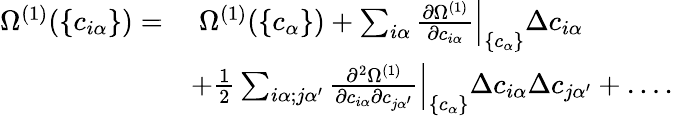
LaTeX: \begin{array}{rl}{\Omega^{(1)}(\{ c_{i\alpha}\} )=}&{\; \Omega^{(1)}(\{ c_{\alpha}\} )+\sum_{i\alpha}\frac{\partial\Omega^{(1)}}{\partial c_{i\alpha}}\Big\vert_{\{ c_{\alpha}\} }\Delta c_{i\alpha}}\\ &{+\frac{1}{2}\sum_{i\alpha;j\alpha^{\prime}}\frac{\partial^{2}\Omega^{(1)}}{\partial c_{i\alpha}\partial c_{j\alpha^{\prime}}}\Big\vert_{\{ c_{\alpha}\} }\Delta c_{i\alpha}\Delta c_{j\alpha^{\prime}}+\dots.}\end{array}